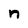
Character: n